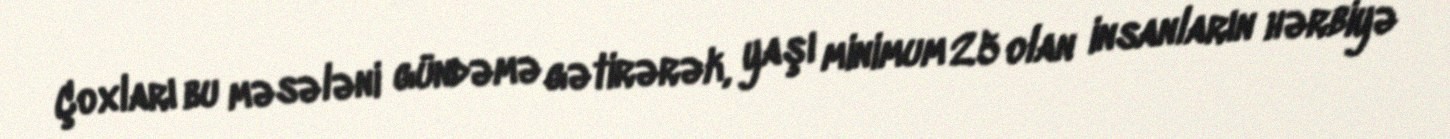
Çoxları bu məsələni gündəmə gətirərək, yaşı minimum 25 olan insanların hərbiyə